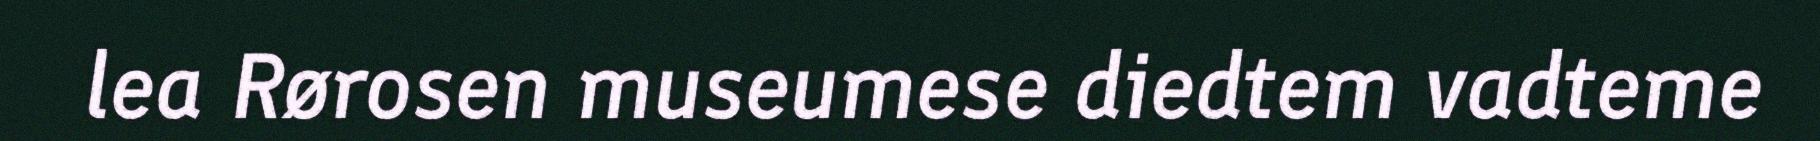
lea Rørosen museumese diedtem vadteme